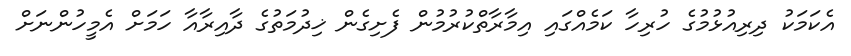
އެކަމަކު ދިރިއުޅުމުގެ ހުރިހާ ކަމެއްގައި އިމާރާތްކުރުމުން ފެށިގެން ޚިދުމަތުގެ ދާއިރާއާ ހަމަށް އެމީހުންނަށް